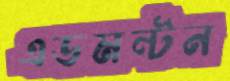
এডমন্টন